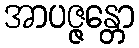
အာပဇ္ဇန္တော